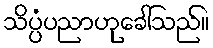
သိပ္ပံပညာဟုခေါ်သည်။